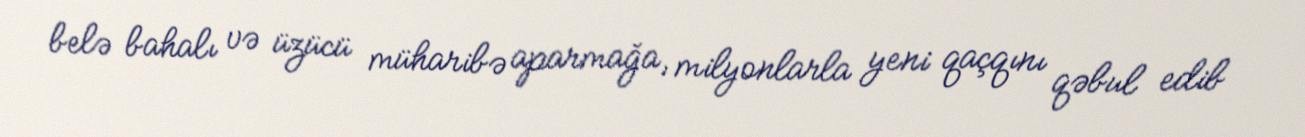
belə bahalı və üzücü müharibə aparmağa, milyonlarla yeni qaçqını qəbul edib